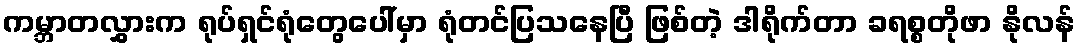
ကမ္ဘာတလွှားက ရုပ်ရှင်ရုံတွေပေါ်မှာ ရုံတင်ပြသနေပြီ ဖြစ်တဲ့ ဒါရိုက်တာ ခရစ္စတိုဖာ နိုလန်